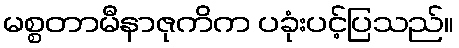
မစ္စတာမီနာဇုကိက ပခုံးပင့်ပြသည်။